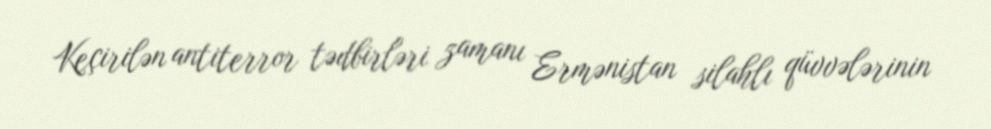
Keçirilən antiterror tədbirləri zamanı Ermənistan silahlı qüvvələrinin